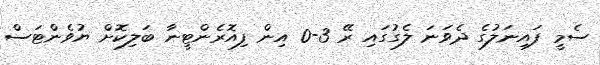
ސެމީ ފައިނަލުގެ ދެވަނަ ލެގުގައި ރޭ 3-0 އިން ފިއޮރެންޓީނާ ބަލިކޮށް ޔުވެންޓަސް